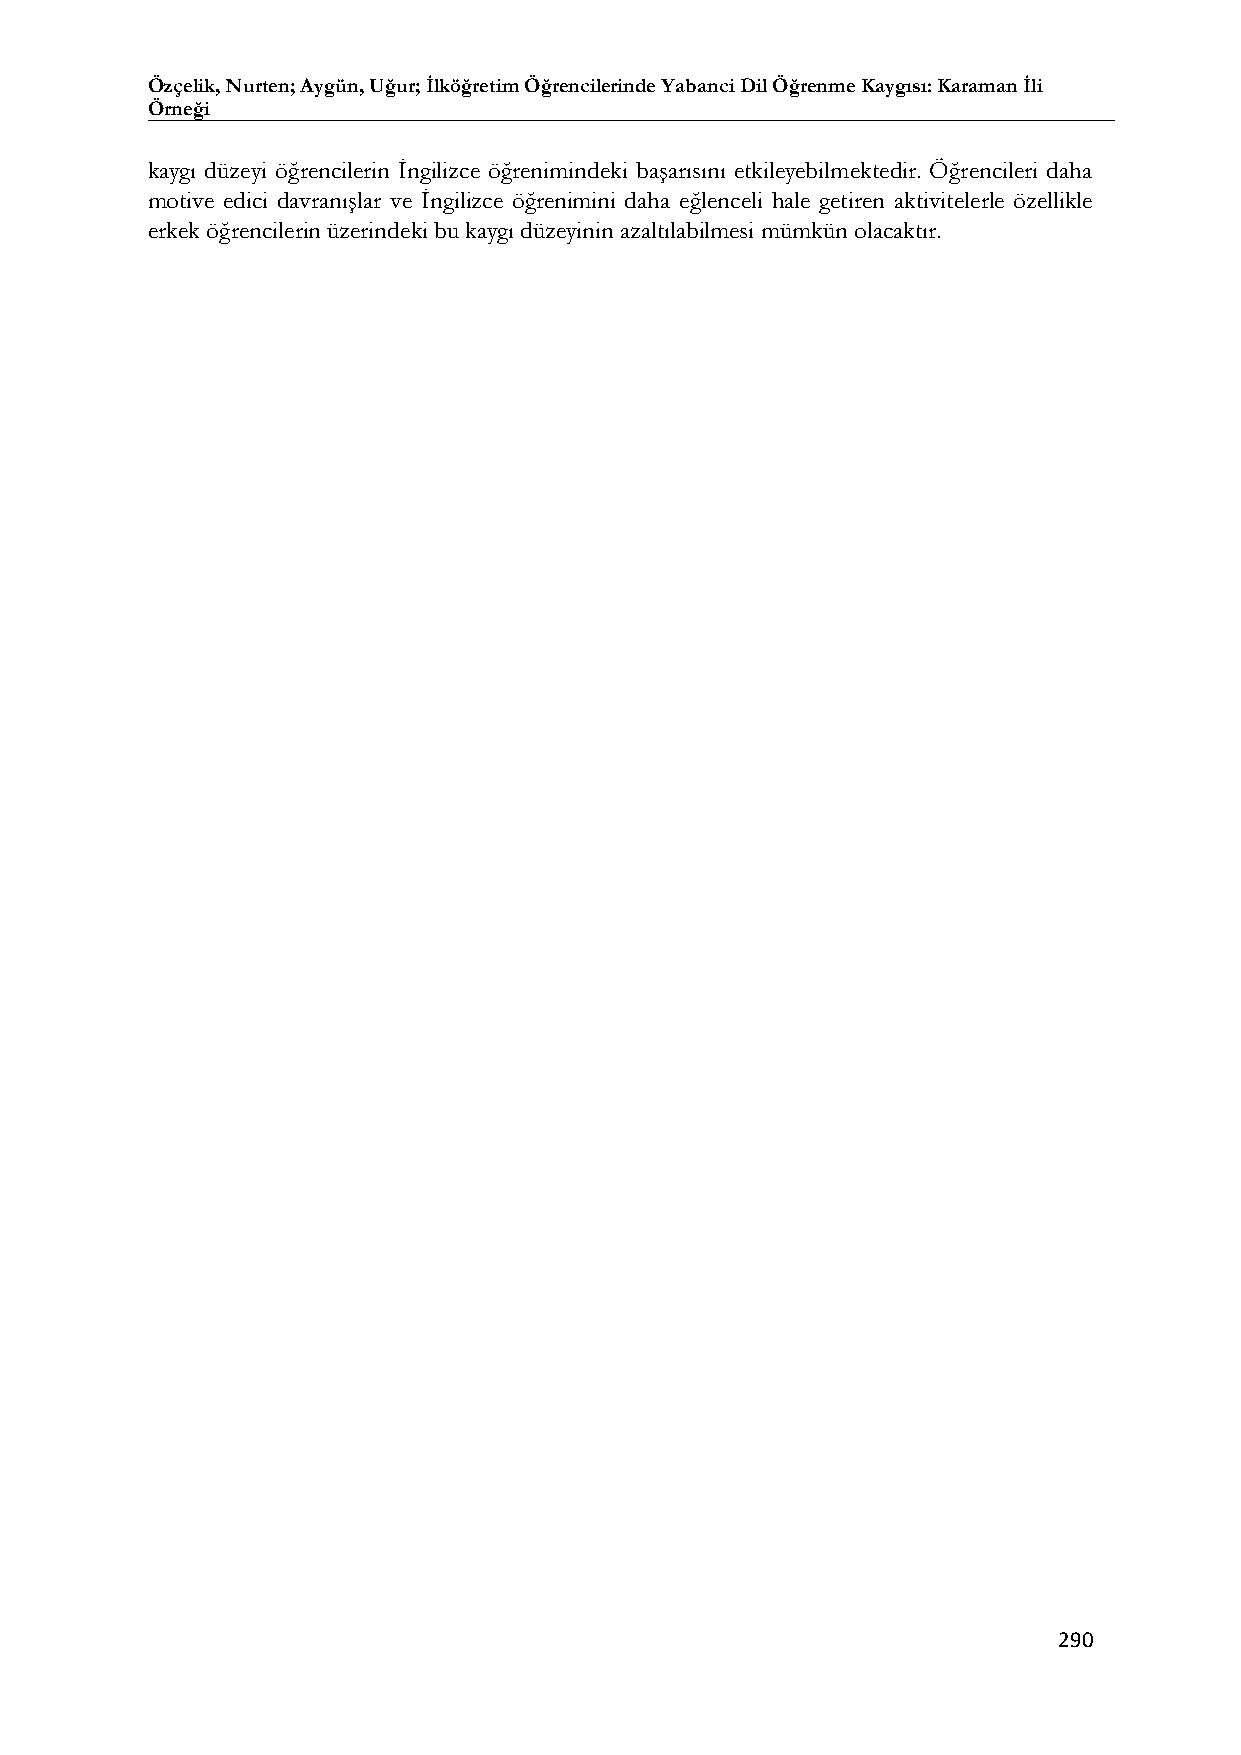
Özçelik, Nurten; Aygün, Uğur; İlköğretim Öğrencilerinde Yabanci Dil Öğrenme Kaygısı: Karaman İli
 Örneği
 kaygı düzeyi öğrencilerin İngilizce öğrenimindeki başarısını etkileyebilmektedir. Öğrencileri daha
 motive edici davranışlar ve İngilizce öğrenimini daha eğlenceli hale getiren aktivitelerle özellikle
 erkek öğrencilerin üzerindeki bu kaygı düzeyinin azaltılabilmesi mümkün olacaktır.
 290